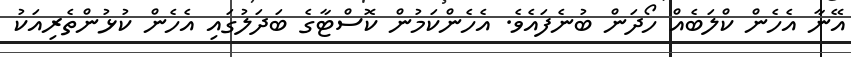
އޭނާ އެހެން ކްލަބެއް ހޯދަން ބުނެފައެވެ. އެހެންކަމުން ކޮސްޓާގެ ބަދަލުގައި އެހެން ކުޅުންތެރިއަކު